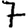
Digit: 7